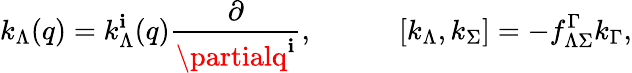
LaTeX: k_{\Lambda}(q)=k_{\Lambda}^{\mathbf{i}}(q){\frac{{\partial}}{{\partialq^{\mathbf{i}}}}},\quad\quad\quad[k_{\Lambda},k_{\Sigma}]=-f_{\Lambda\Sigma}^{\Gamma}k_{\Gamma},